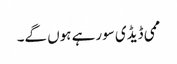
ممی ڈیڈی سورہے ہوں گے۔